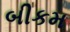
બીકમ